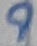
Text: 9